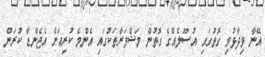
އޭނާ ވިދާޅުވި ގޮތުގައި އުސޫލެއްގެ ގޮތުން މަޝްވަރާތަކުގައި އެންމެ ކުރިއަށް އެޖެންޑާ ކުރަން